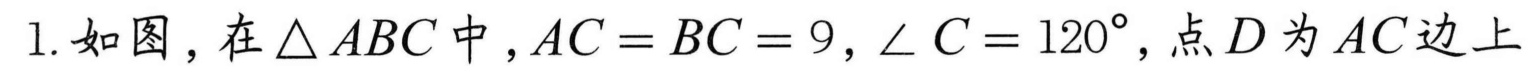
1. 如图，在\(\triangle ABC\)中，\(AC = BC = 9\)，\(\angle C = 120^{\circ}\)，点\(D\)为\(AC\)边上